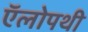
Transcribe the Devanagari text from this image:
ऍलोपथी